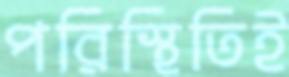
পরিস্থিতিই